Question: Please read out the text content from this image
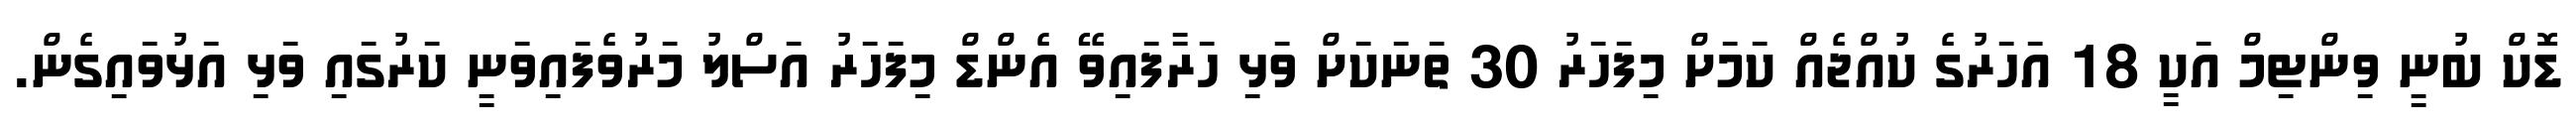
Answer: ޑޮކް ބުނީ ވިންޓިމް އަކީ 18 އަހަރުގެ ކުއްޖެއް ކަމަށް މިފަހަރު 30 ތަނަކަށް ވަޅި ހަރާފައިވޭ އެންޑް މިފަހަރު އަސްލު މަރުވެފައިވަނީ ކަރުގައި ވަޅި އަޅުވައިގެން.